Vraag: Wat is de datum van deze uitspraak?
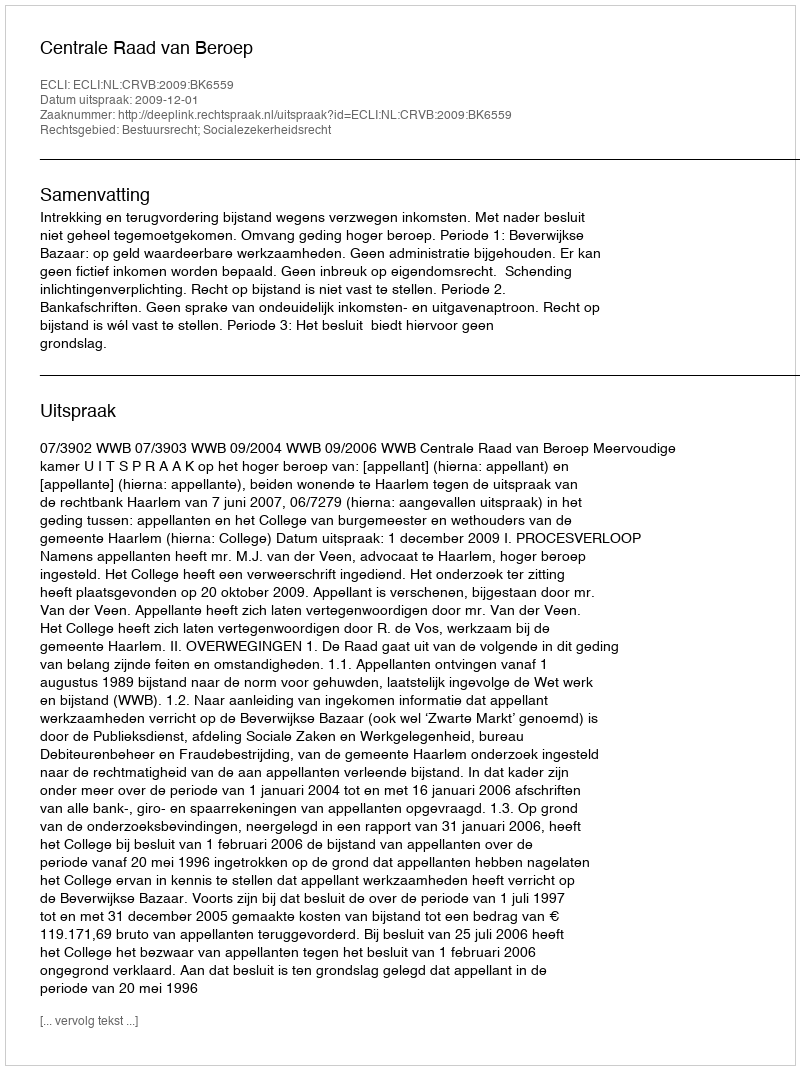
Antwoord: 2009-12-01